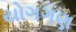
યોગગણ